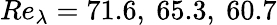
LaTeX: Re_{\lambda}=71.6,~65.3,~60.7